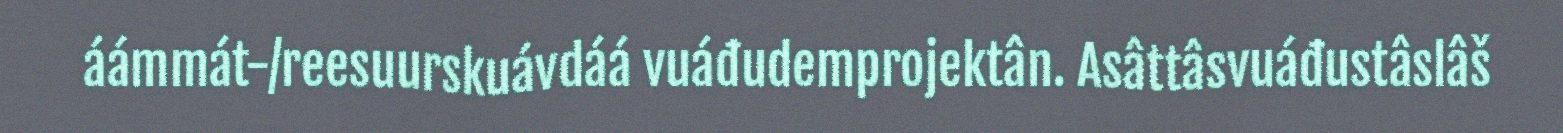
áámmát-/reesuurskuávdáá vuáđudemprojektân. Asâttâsvuáđustâslâš